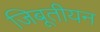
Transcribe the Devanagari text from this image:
जिबूतीयन